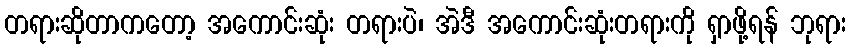
တရားဆိုတာကတော့ အကောင်းဆုံး တရားပဲ၊ အဲဒီ အကောင်းဆုံးတရားကို ရှာဖို့ရန် ဘုရား